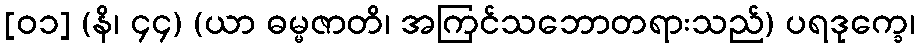
[၀၁] (နိ၊ ၄၄) (ယာ ဓမ္မဇာတိ၊ အကြင်သဘောတရားသည်) ပရဒုက္ခေ၊